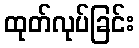
ထုတ်လုပ်ခြင်း